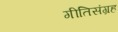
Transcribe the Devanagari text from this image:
गीतिसंग्रह